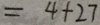
= 4 + 2 7